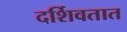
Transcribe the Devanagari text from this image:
दर्शिवतात